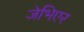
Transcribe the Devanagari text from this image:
जेभिएर